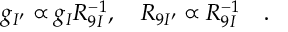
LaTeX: g _ { I ^ { \prime } } \propto g _ { I } R _ { 9 I } ^ { - 1 } , \quad R _ { 9 I ^ { \prime } } \propto R _ { 9 I } ^ { - 1 } \quad .